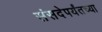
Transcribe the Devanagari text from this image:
संसदेपर्यंतच्या